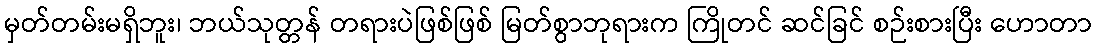
မှတ်တမ်းမရှိဘူး၊ ဘယ်သုတ္တန် တရားပဲဖြစ်ဖြစ် မြတ်စွာဘုရားက ကြိုတင် ဆင်ခြင် စဉ်းစားပြီး ဟောတာ